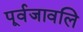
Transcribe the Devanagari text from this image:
पूर्वजावलि